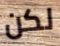
لكن